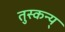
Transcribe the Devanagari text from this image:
तुस्कन्य्